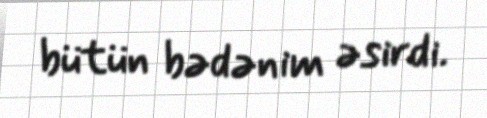
bütün bədənim əsirdi.